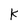
Character: K